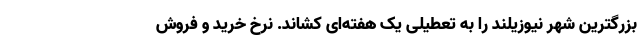
بزرگترین شهر نیوزیلند را به تعطیلی یک هفته‌ای کشاند. نرخ خرید و فروش